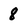
Character: 8